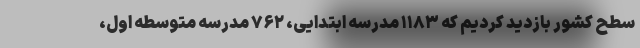
سطح کشور بازدید کردیم که ۱۱۸۳ مدرسه ابتدایی، ۷۶۲ مدرسه متوسطه اول،